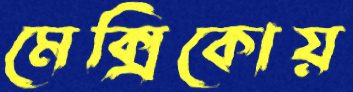
মেক্সিকোয়